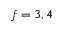
f = 3 , 4